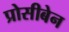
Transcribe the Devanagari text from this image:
प्रोसीबेन